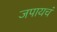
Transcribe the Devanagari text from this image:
जपायचं